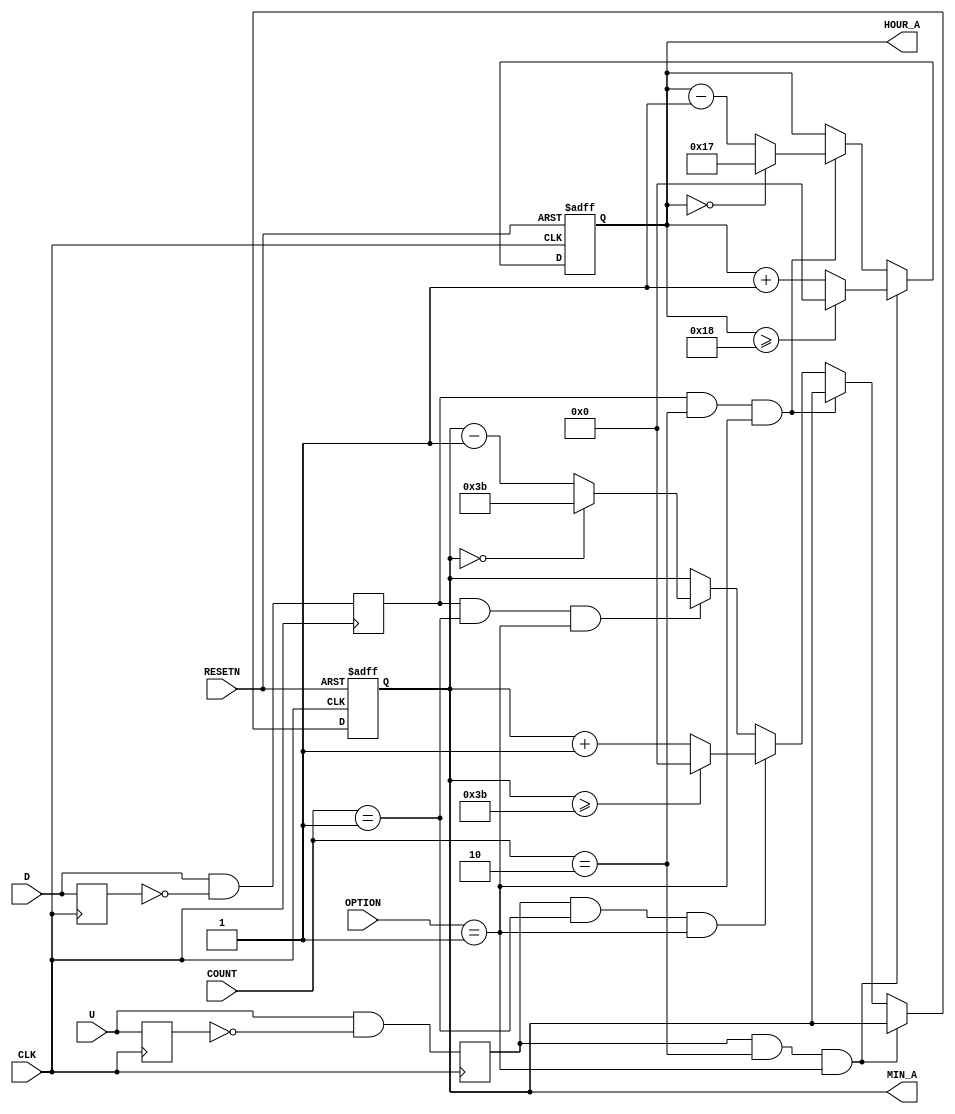
module ALARM_SET (RESETN,CLK,HOUR_A,MIN_A,U,D,COUNT,OPTION);

input RESETN,CLK;
input U,D;
input [3:0]COUNT;
input [3:0]OPTION;

output [6:0]HOUR_A,MIN_A;

reg U_EN ,D_EN,U_LAST,D_LAST;
reg[6:0] HOUR_A,MIN_A;

always @(posedge CLK) 
begin
	U_LAST <= U;
	U_EN <= U & ~U_LAST;
	D_LAST <= D;
	D_EN <= D & ~D_LAST;
end


always @(negedge RESETN or posedge CLK )
begin
   if(RESETN==1'b0)
		begin
			HOUR_A = 0;
			MIN_A = 0;
		end
   else
		begin		
				if( (U_EN&&COUNT==4'b0010)&&OPTION==4'b0001 ) 
						begin
							if(HOUR_A >= 24) 
								HOUR_A=0;
							else
								HOUR_A = HOUR_A + 1; 			
							end
				else if( (D_EN&&COUNT==4'b0010)&&OPTION==4'b0001 )
						begin
							if(HOUR_A == 0)
								HOUR_A = 23;
							else
								HOUR_A = HOUR_A - 1;   
						end
				
				else if( (U_EN&&COUNT==4'b0001)&&OPTION==4'b0001 ) // 
						begin
							if(MIN_A >= 59) 
								MIN_A=0;
							else
								MIN_A = MIN_A + 1; 			
							end
				else if((D_EN&&COUNT==4'b0001)&&OPTION==4'b0001)
						begin
							if(MIN_A == 0)
								MIN_A = 59;
							else
								MIN_A = MIN_A - 1;  
						end
				else
					begin
						HOUR_A = HOUR_A;
						MIN_A = MIN_A;
					end
		end				
end
 
endmodule